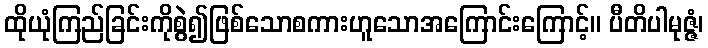
ထိုယုံကြည်ခြင်းကိုစွဲ၍ဖြစ်သောစကားဟူသောအကြောင်းကြောင့်။ ပီတိပါမုဇ္ဇံ၊